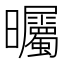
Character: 曯